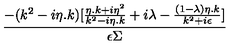
\frac { - ( k ^ { 2 } - i \eta . k ) [ \frac { \eta . k + i \eta ^ { 2 } } { k ^ { 2 } - i \eta . k } + i \lambda - \frac { ( 1 - \lambda ) \eta . k } { k ^ { 2 } + i \epsilon } ] } { \epsilon \Sigma }